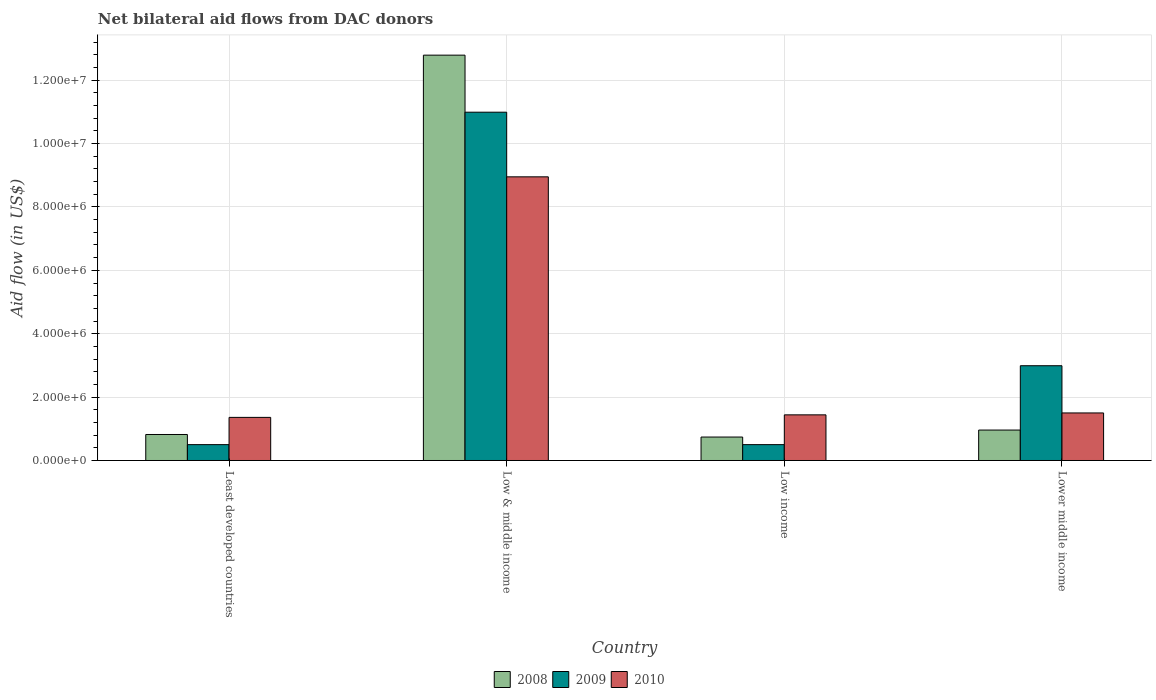
| Country | 2008 | 2009 | 2010 |
 | --- | --- | --- | --- |
 | Least developed countries | 8.2e+05 | 5e+05 | 1.36e+06 |
 | Low & middle income | 1.28e+07 | 1.1e+07 | 8.95e+06 |
 | Low income | 7.4e+05 | 5e+05 | 1.44e+06 |
 | Lower middle income | 9.6e+05 | 2.99e+06 | 1.5e+06 |